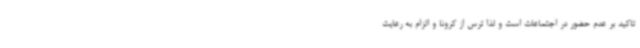
تاکید بر عدم حضور در اجتماعات است و لذا ترس از کرونا و الزام به رعایت